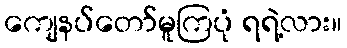
ကျေနပ်တော်မူကြပုံ ရရဲ့လား။